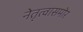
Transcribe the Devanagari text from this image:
नेतृत्वासमोर